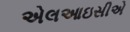
એલઆઇસીએ